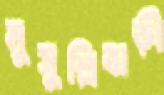
মুসুল্লিবাড়ী